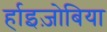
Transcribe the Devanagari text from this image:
र्हाइज़ोबिया